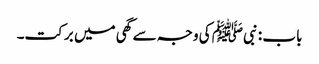
باب : نبیﷺ کی وجہ سے گھی میں برکت۔